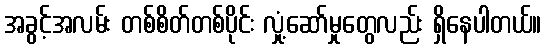
အခွင့်အလမ်း တစ်စိတ်တစ်ပိုင်း လှုံ့ဆော်မှုတွေလည်း ရှိနေပါတယ်။